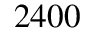
2 4 0 0